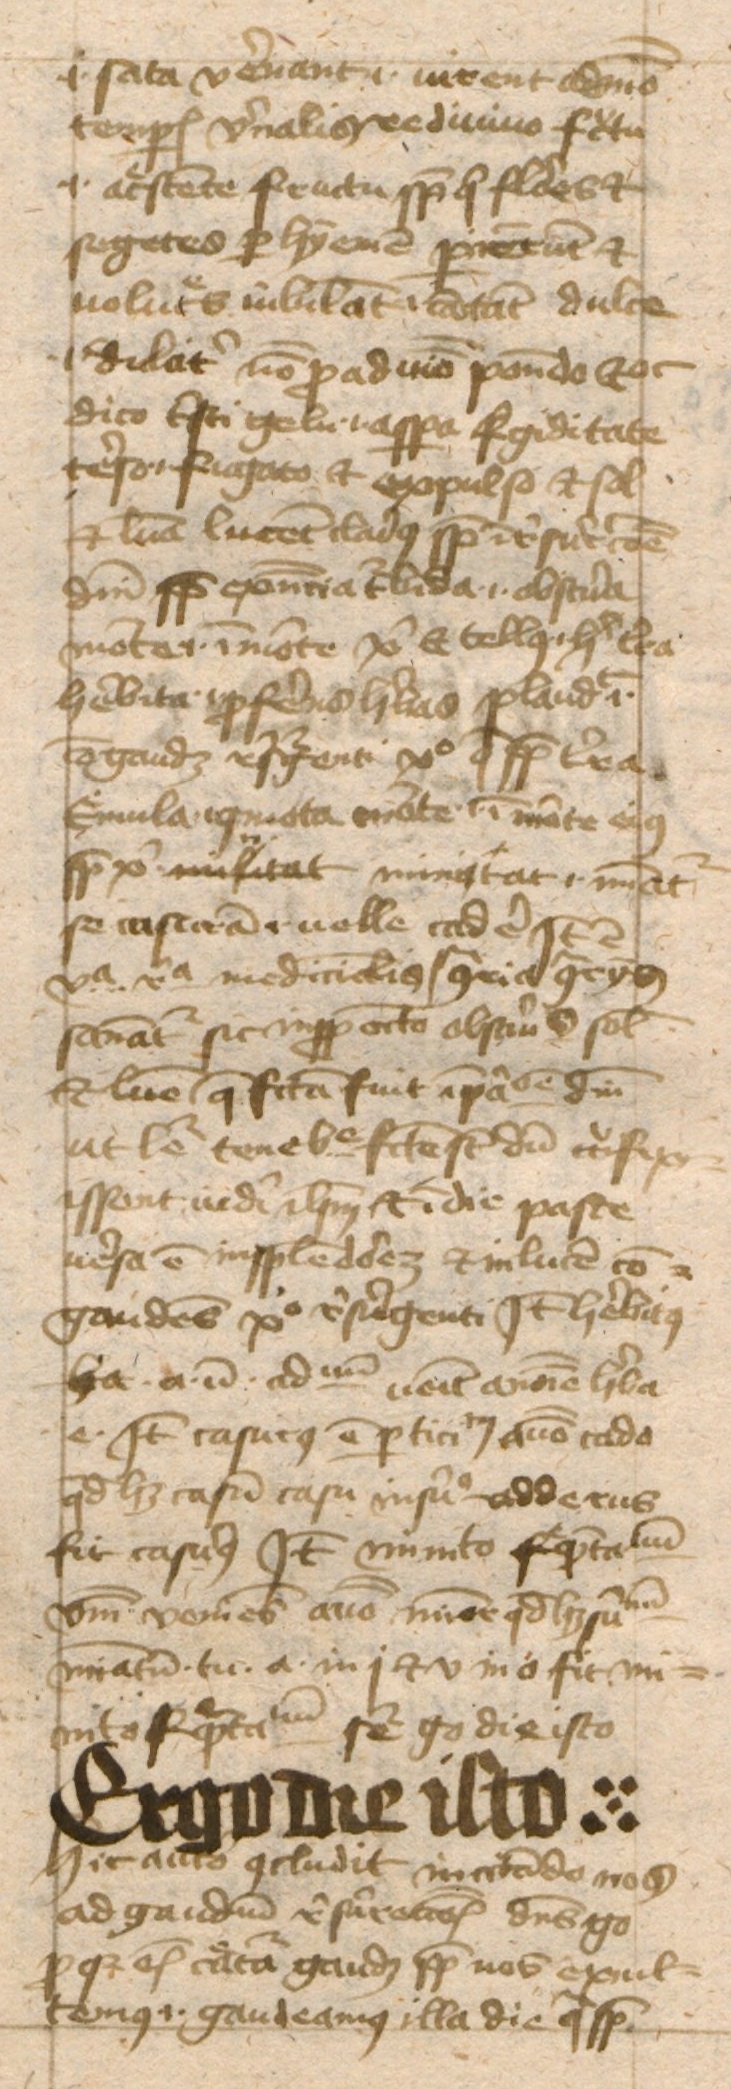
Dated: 1443–1443